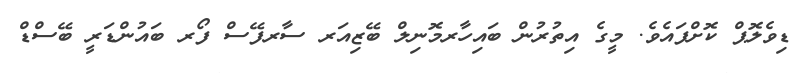
ޑިވެލޮޕް ކޮށްފައެވެ. މީގެ އިތުރުން ބައިހާރމޮނިލް ބޭޒިއަރ ސާރފޭސް ފޯރ ބައުންޑަރީ ބޭސްޑް